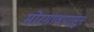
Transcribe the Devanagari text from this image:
मोरगावपासून